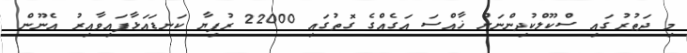
މި ދަތުރުގައި ސްކޫލްކުދިންނަށް ޚާއްސަ އަގެއްގެ ގޮތުގައި 22000 ރުފިޔާ ކަނޑައަޅާފައިވާއިރު އެނޫން